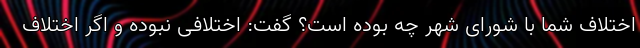
اختلاف شما با شورای شهر چه بوده است؟ گفت: اختلافی نبوده و اگر اختلاف